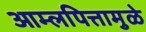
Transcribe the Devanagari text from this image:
आम्लपित्तामुळे